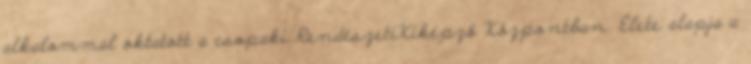
alkalommal oktatott a csopaki RendészetiKiképző Központban. Élete alapja a